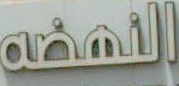
النهضه